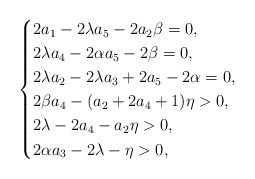
\begin{align*}\begin{cases}2a_1-2\lambda a_5-2a_2\beta=0,\\2\lambda a_4-2\alpha a_5-2\beta=0,\\2\lambda a_2-2\lambda a_3+2a_5-2\alpha=0,\\2\beta a_4 -(a_2+2a_4+1)\eta>0,\\2\lambda-2a_4-a_2 \eta>0,\\2\alpha a_3-2\lambda-\eta>0,\end{cases}\end{align*}